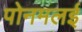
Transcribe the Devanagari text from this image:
पोनमलई